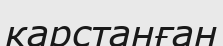
карстанған